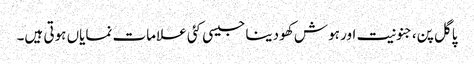
پاگل پن،جنونیت اور ہوش کھو دینا جیسی کئی علامات نمایاں ہوتی ہیں۔